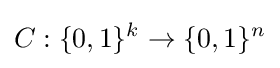
C:\{0,1\}^{k}\rightarrow \{0,1\}^{n}